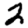
Digit: 2